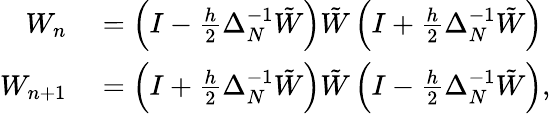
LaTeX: \begin{array}{rl}{W_{n}}&{{}=\left(I-\frac{h}{2}\Delta_{N}^{-1}\tilde{W}\right)\tilde{W}\left(I+\frac{h}{2}\Delta_{N}^{-1}\tilde{W}\right)}\\ {W_{n+1}}&{{}=\left(I+\frac{h}{2}\Delta_{N}^{-1}\tilde{W}\right)\tilde{W}\left(I-\frac{h}{2}\Delta_{N}^{-1}\tilde{W}\right),}\end{array}